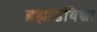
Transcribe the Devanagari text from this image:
ब्रह्मांडविद्या